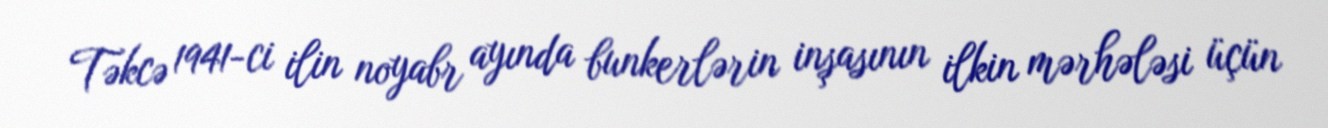
Təkcə 1941-ci ilin noyabr ayında bunkerlərin inşasının ilkin mərhələsi üçün